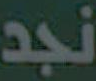
نجد